Civil Veterinary Department ledger series I-VI
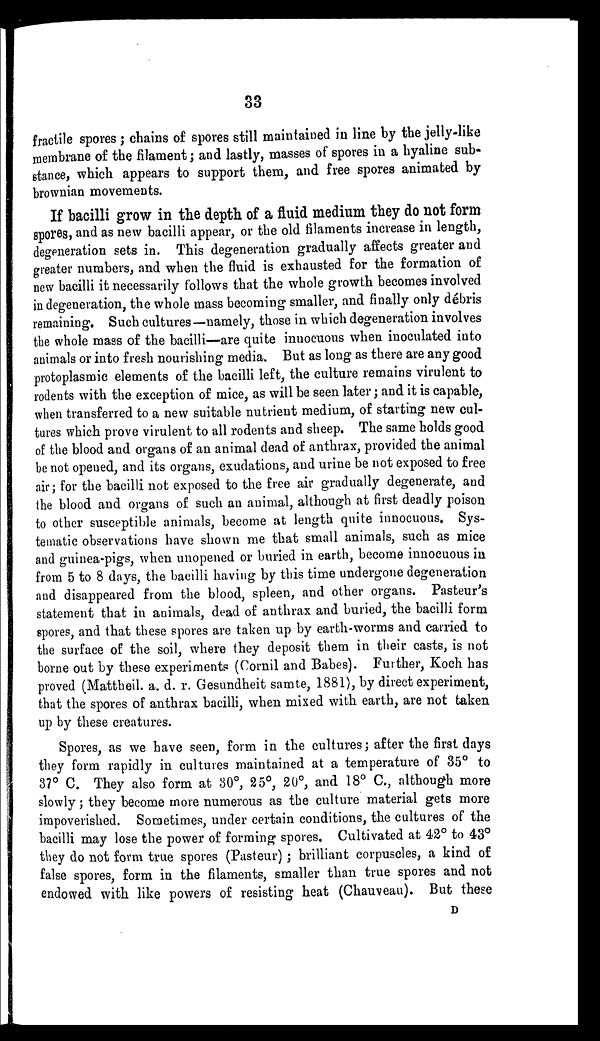
33
fractile spores; chains of spores still maintained in line by the jelly-like
membrane of the filament; and lastly, masses of spores in a hyaline sub-
stance, which appears to support them, and free spores animated by
brownian movements.
If bacilli grow in the depth of a fluid medium they do not form
spores, and as new bacilli appear, or the old filaments increase in length,
degeneration sets in. This degeneration gradually affects greater and
greater numbers, and when the fluid is exhausted for the formation of
new bacilli it necessarily follows that the whole growth becomes involved
in degeneration, the whole mass becoming smaller, and finally only débris
remaining. Such cultures—namely, those in which degeneration involves
the whole mass of the bacilli—are quite innocuous when inoculated into
animals or into fresh nourishing media. But as long as there are any good
protoplasmic elements of the bacilli left, the culture remains virulent to
rodents with the exception of mice, as will be seen later; and it is capable,
when transferred to a new suitable nutrient medium, of starting new cul-
tures which prove virulent to all rodents and sheep. The same holds good
of the blood and organs of an animal dead of anthrax, provided the animal
be not opened, and its organs, exudations, and urine be not exposed to free
air; for the bacilli not exposed to the free air gradually degenerate, and
the blood and organs of such an animal, although at first deadly poison
to other susceptible animals, become at length quite innocuous. Sys-
tematic observations have shown me that small animals, such as mice
and guinea-pigs, when unopened or buried in earth, become innocuous in
from 5 to 8 days, the bacilli having by this time undergone degeneration
and disappeared from the blood, spleen, and other organs. Pasteur's
statement that in animals, dead of anthrax and buried, the bacilli form
spores, and that these spores are taken up by earth-worms and carried to
the surface of the soil, where they deposit them in their casts, is not
borne out by these experiments (Cornil and Babes). Further, Koch has
proved (Mattheil. a. d. r. Gesundheit samte, 1881), by direct experiment,
that the spores of anthrax bacilli, when mixed with earth, are not taken
up by these creatures.
Spores, as we have seen, form in the cultures; after the first days
they form rapidly in cultures maintained at a temperature of 35° to
37° C. They also form at 30°, 25°, 20°, and 18° C., although more
slowly ; they become more numerous as the culture material gets more
impoverished. Sometimes, under certain conditions, the cultures of the
bacilli may lose the power of forming spores. Cultivated at 42° to 43°
they do not form true spores (Pasteur); brilliant corpuscles, a kind of
false spores, form in the filaments, smaller than true spores and not
endowed with like powers of resisting heat (Chauveau). But these
D